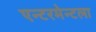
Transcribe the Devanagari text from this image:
एन्टरमेन्टला